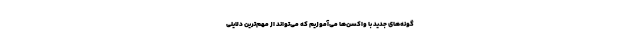
گونه‌های جدید با واکسن‌ها می‌آموزیم که می‌تواند از مهم‌ترین دلایلی